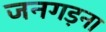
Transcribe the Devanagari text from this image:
जनगड़ना